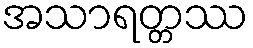
အသာရတ္တဿ